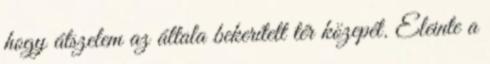
hogy átszelem az általa bekerített tér közepét. Eleinte a